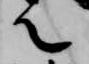
言